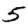
Digit: 5